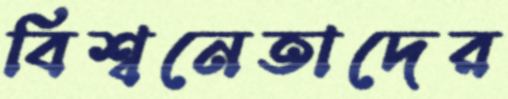
বিশ্বনেতাদের